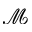
\mathcal { M }